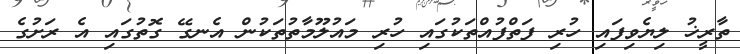
ތާރީޚު ލިޔެވިފައި ހުރި ފަތްފުއްތަކުގައި ހުރި މައުލޫމާތުތަކުން އެނގޭ ގޮތުގައި އެ ރަށުގެ